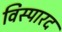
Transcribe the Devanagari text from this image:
विस्पारद